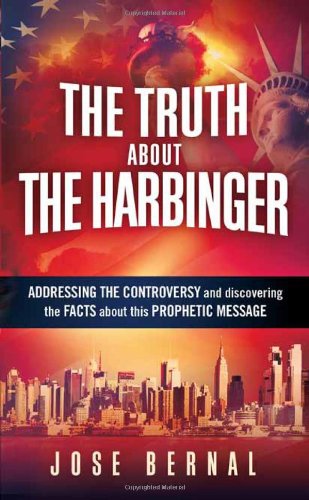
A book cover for The Truth about The Harbinger: Addressing the Controversy and Discovering the Facts About This Prophetic Message; Jose Bernal; Christian Books & Bibles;